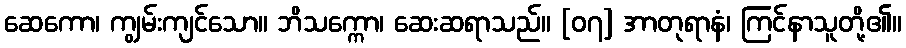
ဆေကော၊ ကျွမ်းကျင်သော။ ဘိသက္ကော၊ ဆေးဆရာသည်။ [၀၇] အာတုရာနံ၊ ကြင်နာသူတို့၏။